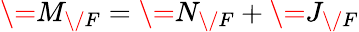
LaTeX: \= M_{\/ F}=\= N_{\/ F}+\= J_{\/ F}